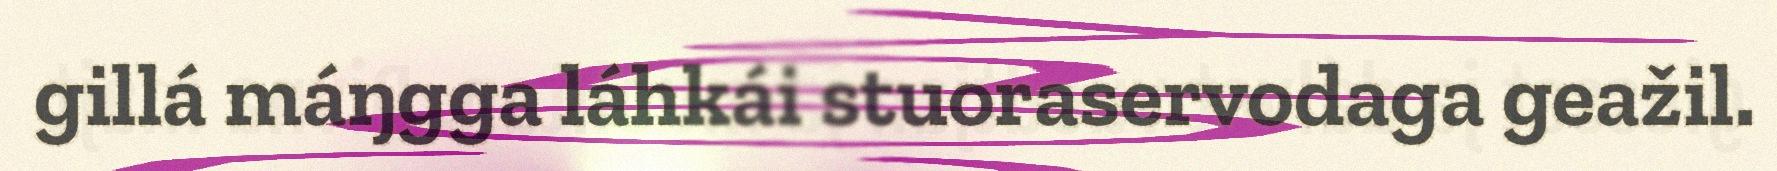
gillá máŋgga láhkái stuoraservodaga geažil.